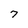
Character: 7